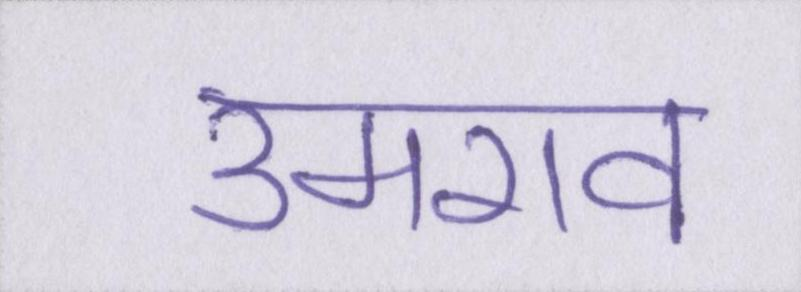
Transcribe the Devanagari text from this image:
उमराव